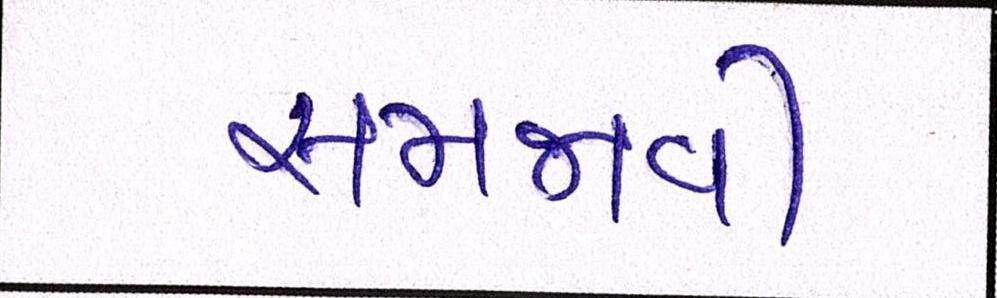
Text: સમજાવી